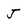
Character: J